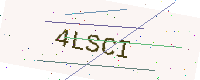
Text: 4LSCI